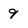
Character: 9